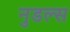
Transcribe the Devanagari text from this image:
नुडल्स